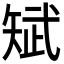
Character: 𮀃